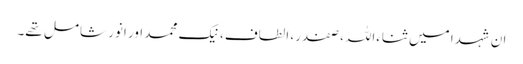
ان شہدا میں ثناءاللہ، صفدر، الطاف، نیک محمد اور انور شامل تھے۔